Annual administration report of the Civil Veterinary Department of India - 1897-1898
Year: 1897
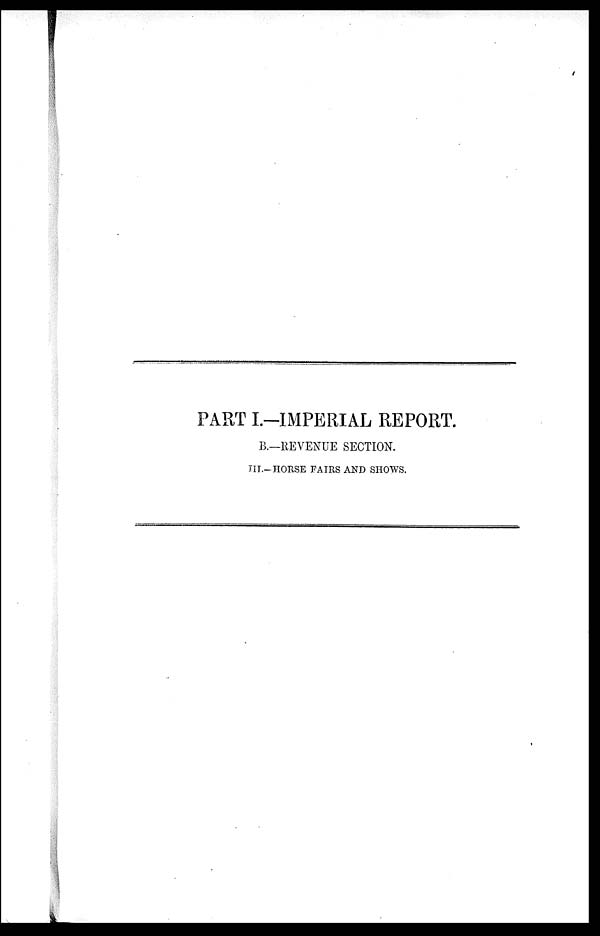
PART I.-IMPERIAL REPORT.
B.—REVENUE SECTION.
III.-HORSE FAIRS AND SHOWS.